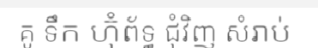
គូ ទឹក ហ៊ុំព័ទ្ធ ជុំវិញ សំរាប់